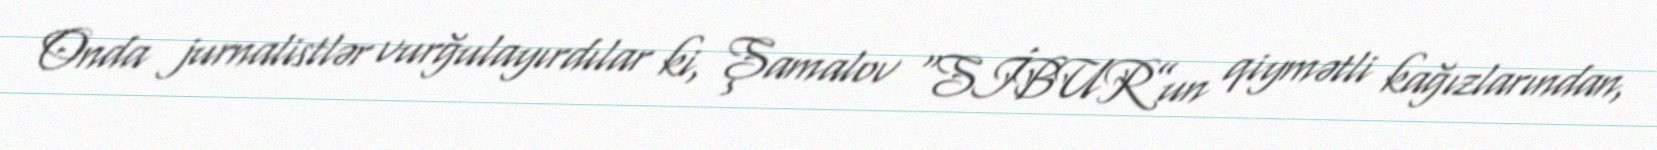
Onda jurnalistlər vurğulayırdılar ki, Şamalov “SİBUR”un qiymətli kağızlarından,